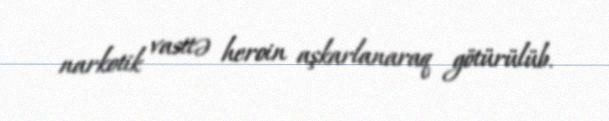
narkotik vasitə heroin aşkarlanaraq götürülüb.